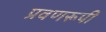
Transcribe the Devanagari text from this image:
प्रवणरूपी